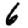
Digit: 6